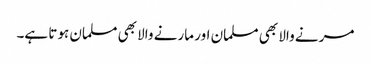
مرنے والا بھی مسلمان اور مارنے والا بھی مسلمان ہوتا ہے۔